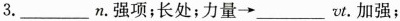
3.___n.强项；长处；力量→___vt.加强；